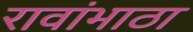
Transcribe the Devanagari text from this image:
रावांभाठा